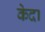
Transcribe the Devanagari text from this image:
केदा